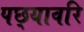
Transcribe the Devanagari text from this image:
पछ्यावरि